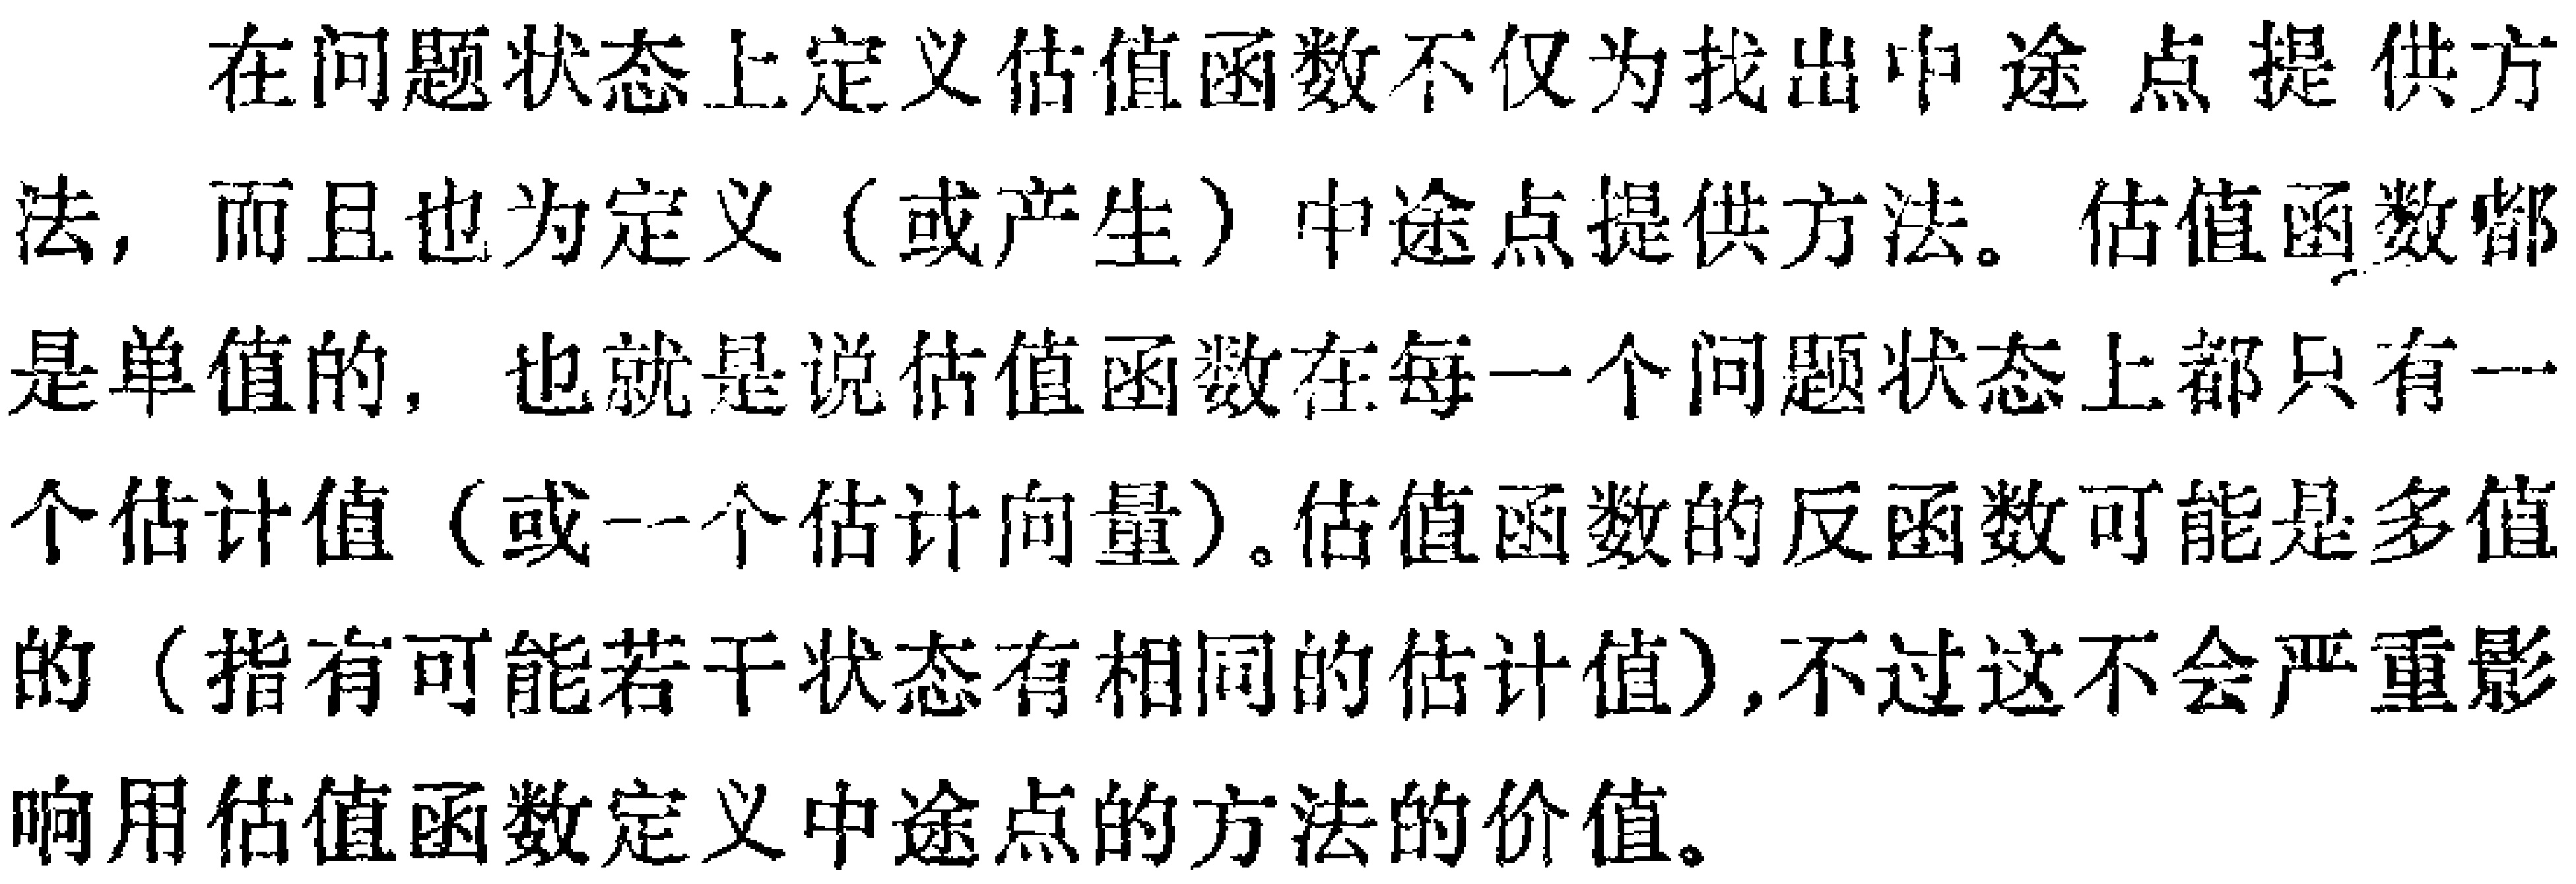
在问题状态上定义估值函数不仅为找出中途点提供方
法，而且也为定义（或产生）中途点提供方法。估值函数都
是单值的，也就是说估值函数在每一个问题状态上都只有一
个估计值（或一个估计向量）。估值函数的反函数可能是多值
的（指有可能若干状态有相同的估计值），不过这不会严重影
响用估值函数定义中途点的方法的价值。